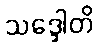
သဒ္ဒေါတိ